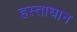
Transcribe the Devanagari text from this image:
हस्ताधान